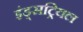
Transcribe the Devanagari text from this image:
इंड्सट्रियल